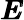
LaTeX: {\pmb E}